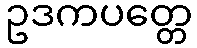
ဥဒကပတ္တေ